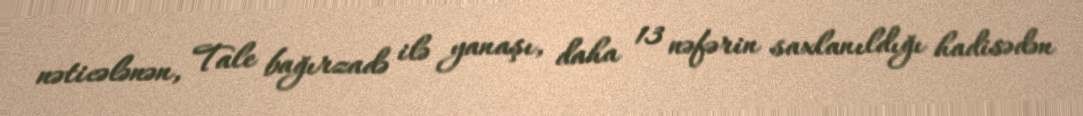
nəticələnən, Tale bağırzadə ilə yanaşı, daha 13 nəfərin saxlanıldığı hadisədən